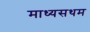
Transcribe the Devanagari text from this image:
माध्यसथम